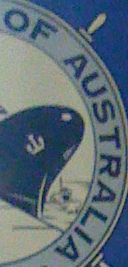
OF AUSTRALIA